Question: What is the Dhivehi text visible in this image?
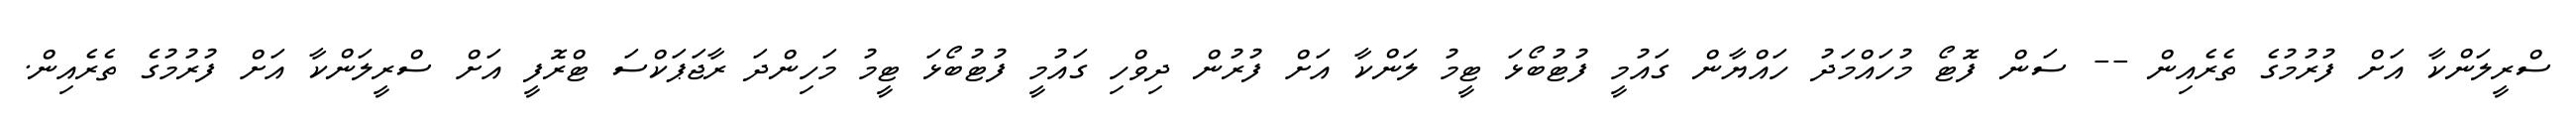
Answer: ސްރީލަންކާ އަށް ފުރުމުގެ ތެރެއިން -- ސަން ފޮޓޯ މުހައްމަދު ހައްޔާން ގައުމީ ފުޓުބޯޅަ ޓީމު ލަންކާ އަށް ފުރުން ދިވްހި ގައުމީ ފުޓުބޯޅަ ޓީމު މަހިންދަ ރާޖަޕަކްސަ ޓްރޮފީ އަށް ސްރީލަންކާ އަށް ފުރުމުގެ ތެރެއިން.